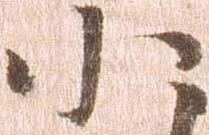
小